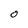
Character: O